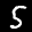
Label: 5